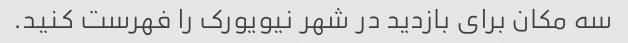
سه مکان برای بازدید در شهر نیویورک را فهرست کنید.